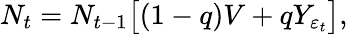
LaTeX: N_{t}=N_{t-1}\big[(1-q)V+qY_{\varepsilon_{t}}\big],